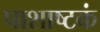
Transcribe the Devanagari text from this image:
पाशाष्टकं